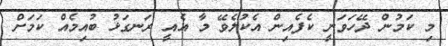
މި ކަމުން ދޭހަވަނީ ކެފެއިން އެކުލެވޭ މާ އެއީ ރަނގަޅު ބުއިމެއް ކަމަށް